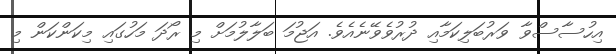
އިހުސާސްވާ ވަރުބަލިކަމާއި ދުރުވެވޭނެއެވެ. އަޖުމަ ބަލާލުމަށް މި ރޯދަ މަހުގައި މިކަންކަން މި